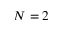
N = 2